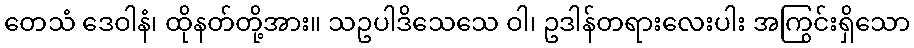
တေသံ ဒေဝါနံ၊ ထိုနတ်တို့အား။ သဥပါဒိသေသေ ဝါ၊ ဥဒါန်တရားလေးပါး အကြွင်းရှိသော